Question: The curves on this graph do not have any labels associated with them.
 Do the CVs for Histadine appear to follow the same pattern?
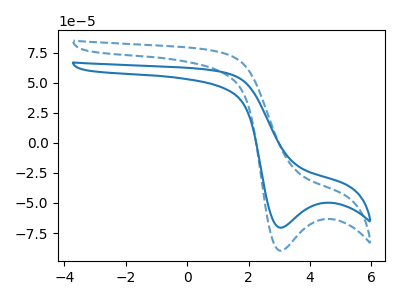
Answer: <think>The blue curve "blue" has a cathodic peak at: (3.05V, -70.55uA). The blue dashed curve "blue dashed" has a cathodic peak at: (3.05V, -89.75uA).
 All the peaks in "blue" have a peak in "blue dashed" at the same potential. Every peak in "blue" is lower than every peak in "blue dashed".</think>
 <answer>All the CV's of "Histadine" have similar shape.</answer>
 <eval>follow_rule</eval>